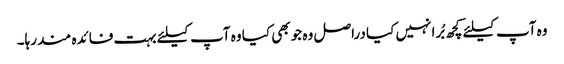
وہ آپ کیلئے کچھ بُرا نہیں کیا دراصل وہ جو بھی کیا وہ آپ کیلئے بہت فائدہ مند رہا۔